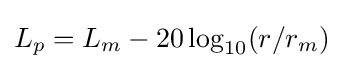
{\displaystyle L_{p}=L_{m}-20\log _{10}(r/r_{m})}